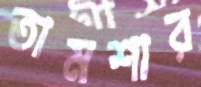
তামশার